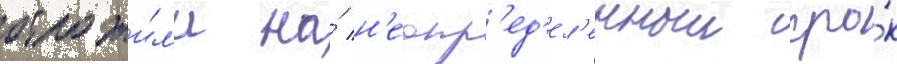
отложи́л'и на́ н'еопр'ед'ел'енныи сро́к